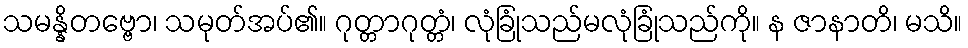
သမန္နိတဗ္ဗော၊ သမုတ်အပ်၏။ ဂုတ္တာဂုတ္တံ၊ လုံခြုံသည်မလုံခြုံသည်ကို။ န ဇာနာတိ၊ မသိ။